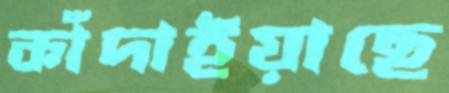
কাঁদাইয়াছে